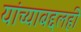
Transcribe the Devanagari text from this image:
यांच्याबद्दलही